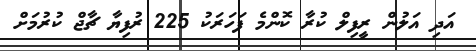
އަދި އަލުން ރީފިލް ކުރާ ކޮންމެ ފަހަރަކު 225 ރުފިޔާ ޗާޖް ކުރުމަށް